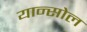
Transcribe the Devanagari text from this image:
यान्सोल